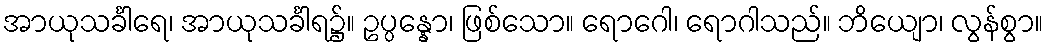
အာယုသင်္ခါရေ၊ အာယုသင်္ခါရ၌။ ဥပ္ပန္နော၊ ဖြစ်သော။ ရောဂေါ၊ ရောဂါသည်။ ဘိယျော၊ လွန်စွာ။